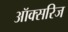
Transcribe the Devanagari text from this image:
ऑक्सरिज